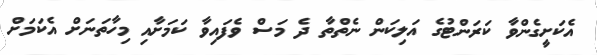
އެކަށީގެންވާ ކަރަންޓުގެ އަލިކަން ނެތްތާ ދެ މަސް ވެފައިވާ ކަމަށާއި މިހާތަނަށް އެކަމަށް